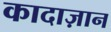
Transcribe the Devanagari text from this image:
कादाज़ान